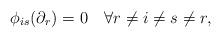
LaTeX: \begin{align*} \phi_{is}(\partial_r)=0 \quad\forall r\neq i\neq s\neq r, \end{align*}